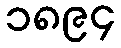
၁၈၉၄